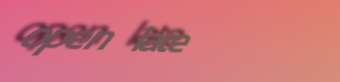
open late